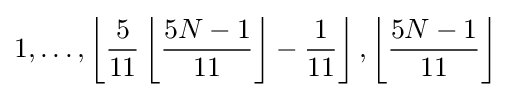
1,\ldots ,\left\lfloor {\frac {5}{11}}\left\lfloor {\frac {5N-1}{11}}\right\rfloor -{\frac {1}{11}}\right\rfloor ,\left\lfloor {\frac {5N-1}{11}}\right\rfloor